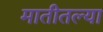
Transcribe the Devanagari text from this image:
मातीतल्या